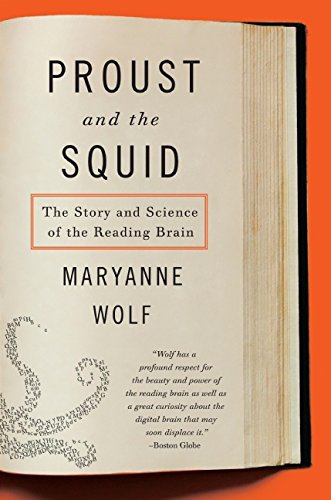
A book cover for Proust and the Squid: The Story and Science of the Reading Brain; Maryanne Wolf; Literature & Fiction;